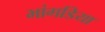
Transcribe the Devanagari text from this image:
भांगडिया